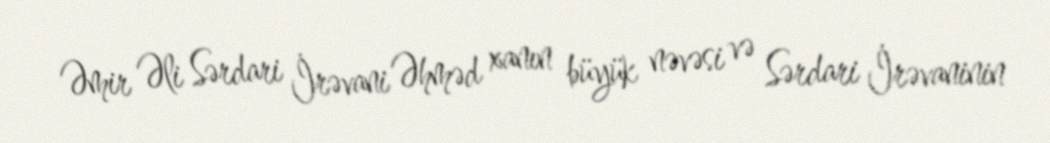
Əmir Əli Sərdari İrəvani Əhməd xanın büyük nəvəsi və Sərdari İrəvaninin